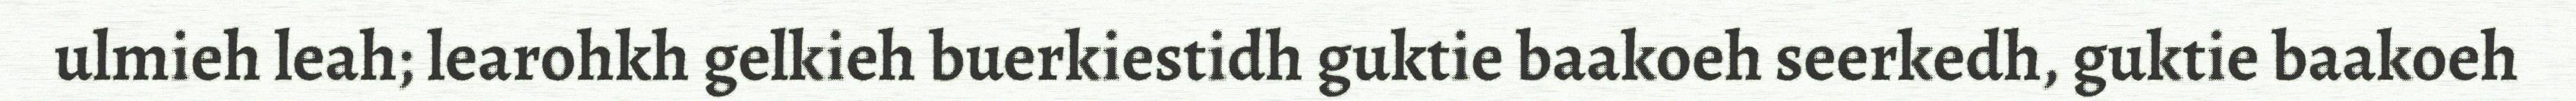
ulmieh leah; learohkh gelkieh buerkiestidh guktie baakoeh seerkedh, guktie baakoeh